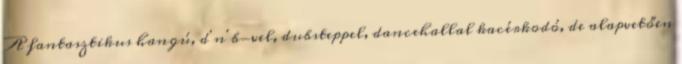
A fantasztikus hangú, d'n'b-vel, dubsteppel, dancehallal kacérkodó, de alapvetően